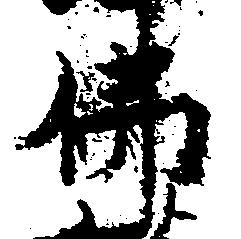
仏